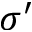
\sigma ^ { \prime }